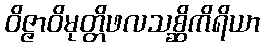
ဝိဇ္ဇာဝိမုတ္တိဖလသစ္ဆိကိရိယာ